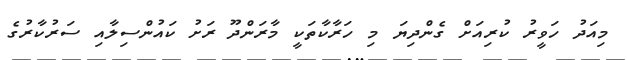
މިއަދު ހަވީރު ކުރިއަށް ގެންދިޔަ މި ހަރާކާތަކީ މާރަންދޫ ރަށު ކައުންސިލާއި ސަރުކާރުގެ